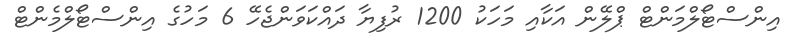
އިންސްޓޯލްމަންޓް ޕްލޭން އަކާއި މަހަކު 1200 ރުފިޔާ ދައްކަވަންޖެހޭ 6 މަހުގެ އިންސްޓޯލްމެންޓް